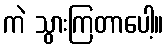
ကဲ သွားကြတာပေါ့။